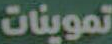
تموينات